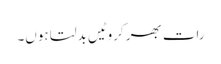
رات بھر کروٹیں بدلتا ہوں۔